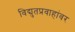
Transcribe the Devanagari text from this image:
विद्युतप्रवाहांवर